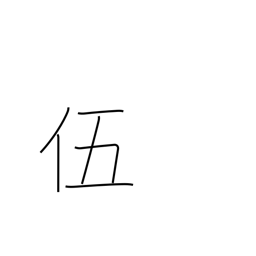
Meaning: five-man squad